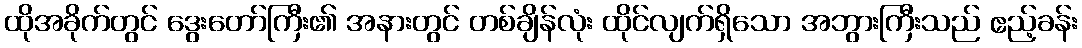
ထိုအခိုက်တွင် ဒွေးတော်ကြီး၏ အနားတွင် တစ်ချိန်လုံး ထိုင်လျက်ရှိသော အဘွားကြီးသည် ဧည့်ခန်း